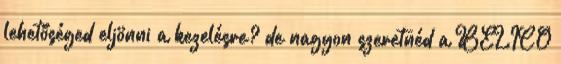
lehetőséged eljönni a kezelésre? de nagyon szeretnéd a BELICO